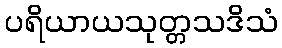
ပရိယာယသုတ္တသဒိသံ